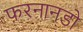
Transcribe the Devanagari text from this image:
फ़रनानडो